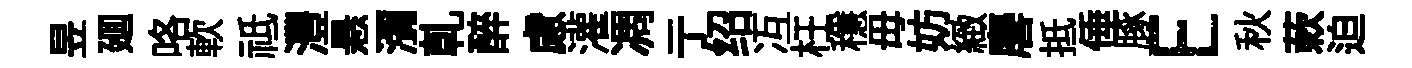
昱廽咯軟祗灃悬瀰乹醉慮灌凋亍绍冱枉穩毋妨緻麐抵倕䐁E秋蔌迫